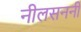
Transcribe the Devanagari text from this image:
नीलसननी